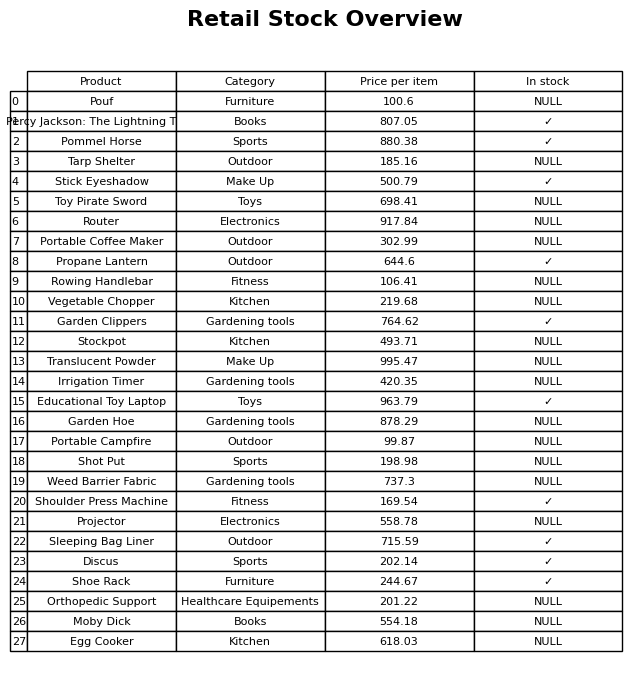
question: Is the Egg Cooker in stock?
answer: NULL